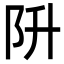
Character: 阩